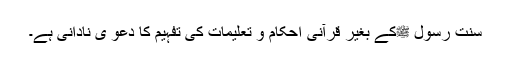
سنت رسول ﷺکے بغیر قرآنی احکام و تعلیمات کی تفہیم کا دعو یٰ نادانی ہے۔